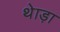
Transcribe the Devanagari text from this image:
थेाड़ा